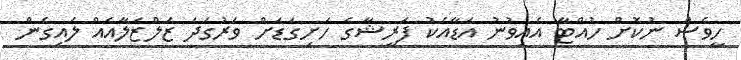
ހީވެސް ނުކޮށް ހުއްޓާ އެއިވުނު އަޑާއެކު ފަރީޝާގެ ހަށިގަޑަށް ވަރުގަދަ ޒަލްޒަލާއެއް ލައިގެން